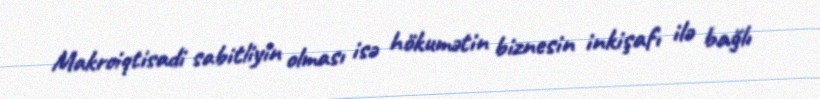
Makroiqtisadi sabitliyin olması isə hökumətin biznesin inkişafı ilə bağlı